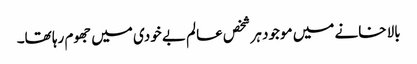
بالا خانے میں موجود ہر شخص عالم بے خودی میں جھوم رہا تھا۔